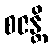
စဇန္တိ